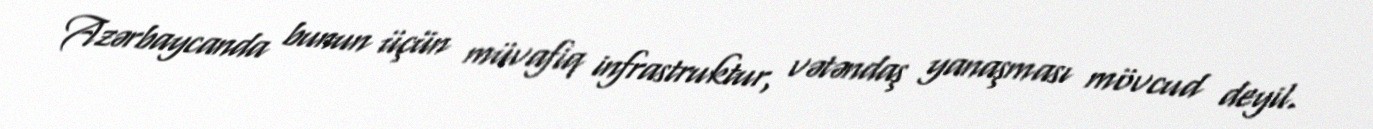
Azərbaycanda bunun üçün müvafiq infrastruktur, vətəndaş yanaşması mövcud deyil.